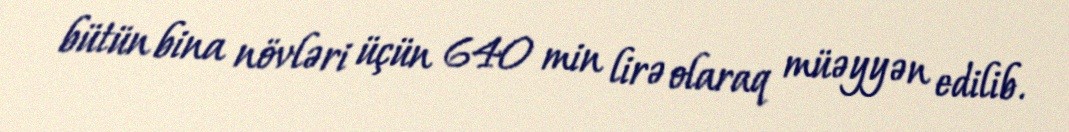
bütün bina növləri üçün 640 min lirə olaraq müəyyən edilib.